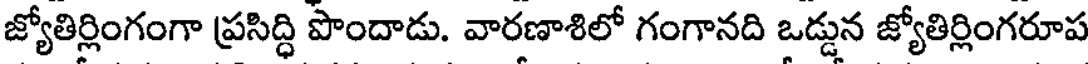
జ్యోతిర్లింగంగా ప్రసిద్ధి పొందాడు. వారణాశిలో గంగానది ఒడ్డున జ్యోతిర్లింగరూప